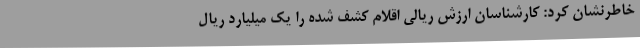
خاطرنشان کرد: کارشناسان ارزش ریالی اقلام کشف شده را یک میلیارد ریال